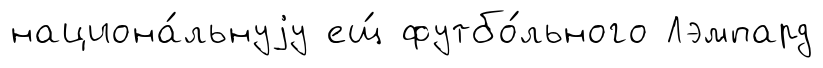
национа́льнуjу ещ́ футбо́льного Лэмпард